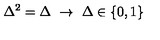
\Delta ^ { 2 } = \Delta \ \rightarrow \ \Delta \in \{ 0 , 1 \}